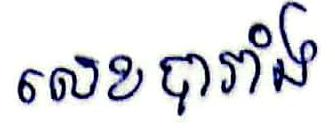
លេខបារាំង